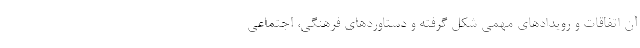
آن اتفاقات و رویدادهای مهمی شکل گرفته و دستاوردهای فرهنگی، اجتماعی